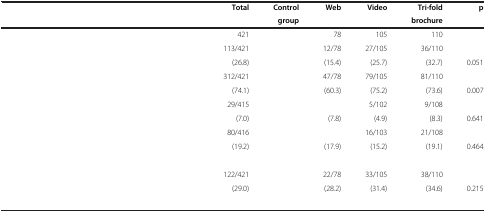
<table><thead><tr><td rowspan="2">[EMPTY_CELL]</td><td rowspan="2"><b>Total</b></td><td><b>Control</b></td><td rowspan="2"><b>Web</b></td><td rowspan="2"><b>Video</b></td><td><b>Tri-fold</b></td><td rowspan="2"><b>p</b></td></tr><tr><td><b>group</b></td><td><b>brochure</b></td></tr></thead><tbody><tr><td>[EMPTY_CELL]</td><td>421</td><td>[EMPTY_CELL]</td><td>78</td><td>105</td><td>110</td><td>[EMPTY_CELL]</td></tr><tr><td>[EMPTY_CELL]</td><td>113/421</td><td>[EMPTY_CELL]</td><td>12/78</td><td>27/105</td><td>36/110</td><td>[EMPTY_CELL]</td></tr><tr><td>[EMPTY_CELL]</td><td>(26.8)</td><td>[EMPTY_CELL]</td><td>(15.4)</td><td>(25.7)</td><td>(32.7)</td><td>0.051</td></tr><tr><td>[EMPTY_CELL]</td><td>312/421</td><td>[EMPTY_CELL]</td><td>47/78</td><td>79/105</td><td>81/110</td><td>[EMPTY_CELL]</td></tr><tr><td>[EMPTY_CELL]</td><td>(74.1)</td><td>[EMPTY_CELL]</td><td>(60.3)</td><td>(75.2)</td><td>(73.6)</td><td>0.007</td></tr><tr><td>[EMPTY_CELL]</td><td>29/415</td><td>[EMPTY_CELL]</td><td>[EMPTY_CELL]</td><td>5/102</td><td>9/108</td><td>[EMPTY_CELL]</td></tr><tr><td>[EMPTY_CELL]</td><td>(7.0)</td><td>[EMPTY_CELL]</td><td>(7.8)</td><td>(4.9)</td><td>(8.3)</td><td>0.641</td></tr><tr><td>[EMPTY_CELL]</td><td>80/416</td><td>[EMPTY_CELL]</td><td>[EMPTY_CELL]</td><td>16/103</td><td>21/108</td><td>[EMPTY_CELL]</td></tr><tr><td>[EMPTY_CELL]</td><td rowspan="2">(19.2)</td><td rowspan="2">[EMPTY_CELL]</td><td rowspan="2">(17.9)</td><td rowspan="2">(15.2)</td><td rowspan="2">(19.1)</td><td rowspan="2">0.464</td></tr><tr><td>[EMPTY_CELL]</td></tr><tr><td>[EMPTY_CELL]</td><td>122/421</td><td>[EMPTY_CELL]</td><td>22/78</td><td>33/105</td><td>38/110</td><td>[EMPTY_CELL]</td></tr><tr><td>[EMPTY_CELL]</td><td>(29.0)</td><td>[EMPTY_CELL]</td><td>(28.2)</td><td>(31.4)</td><td>(34.6)</td><td>0.215</td></tr><tr><td colspan="7">[EMPTY_CELL]</td></tr></tbody></table>